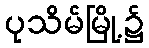
ပုသိမ်မြို့၌